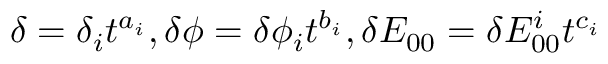
\delta = \delta _ { i } t ^ { a _ { i } } , \delta \phi = \delta \phi _ { i } t ^ { b _ { i } } , \delta E _ { 0 0 } = \delta E _ { 0 0 } ^ { i } t ^ { c _ { i } }